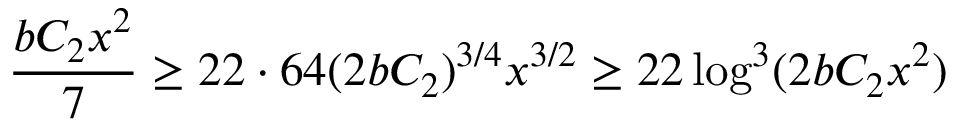
\frac { b C _ { 2 } x ^ { 2 } } { 7 } \geq 2 2 \cdot 6 4 ( 2 b C _ { 2 } ) ^ { 3 / 4 } x ^ { 3 / 2 } \geq 2 2 \log ^ { 3 } ( 2 b C _ { 2 } x ^ { 2 } )